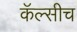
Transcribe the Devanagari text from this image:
कॅल्सीच